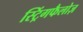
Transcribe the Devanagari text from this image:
स्ट्रिंगफैलोज़